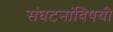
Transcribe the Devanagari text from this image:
संघटनांविषयी